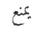
يمنع